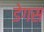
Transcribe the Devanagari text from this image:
डेगस